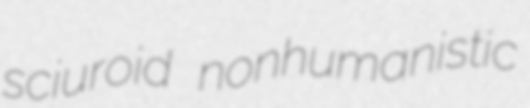
sciuroid nonhumanistic